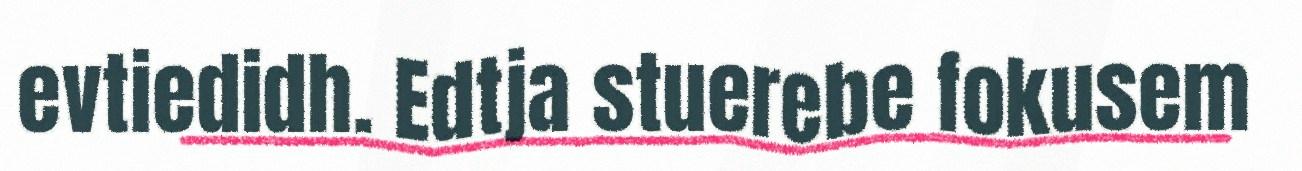
evtiedidh. Edtja stuerebe fokusem